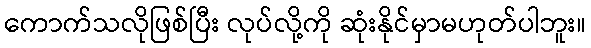
ကောက်သလိုဖြစ်ပြီး လုပ်လို့ကို ဆုံးနိုင်မှာမဟုတ်ပါဘူး။